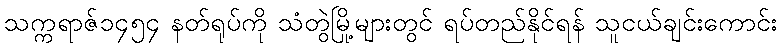
သက္ကရာဇ်၁၄၅၄ နတ်ရုပ်ကို သံတွဲမြို့များတွင် ရပ်တည်နိုင်ရန် သူငယ်ချင်းကောင်း